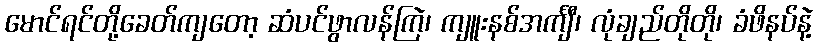
မောင်ရင်တို့ခေတ်ကျတော့ ဆံပင်ဖွာလန်ကြဲ၊ ကျူးနစ်အင်္ကျီ၊ လုံချည်တိုတို၊ ခံဖိနပ်နဲ့